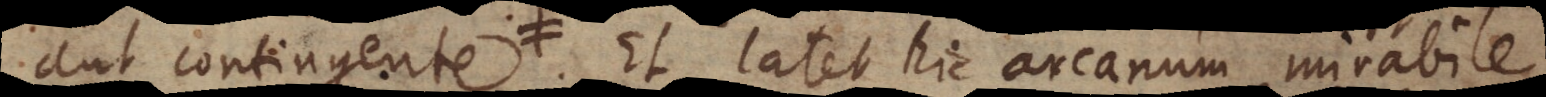
aut contingente, Et latet hic arcanum mirabile